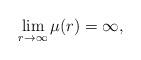
LaTeX: \begin{align*}\lim_{r\to\infty}\mu(r) = \infty,\end{align*}